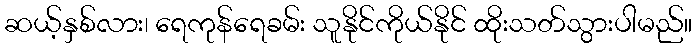
ဆယ့်နှစ်လား၊ ရေကုန်ရေခမ်း သူနိုင်ကိုယ်နိုင် ထိုးသတ်သွားပါမည်။